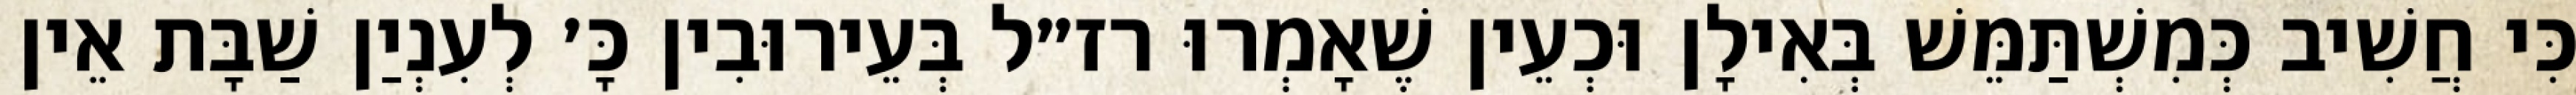
כִּי חֲשִׁיב כְּמִשְׁתַּמֵּשׁ בְּאִילָן וּכְעֵין שֶׁאָמְרוּ רז״ל בְּעֵירוּבִין כָּ׳ לְעִנְיַן שַׁבָּת אֵין